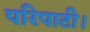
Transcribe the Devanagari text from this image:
परिपाटी।